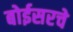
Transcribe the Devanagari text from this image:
बोईसरचे